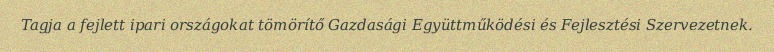
Tagja a fejlett ipari országokat tömörítő Gazdasági Együttműködési és Fejlesztési Szervezetnek.